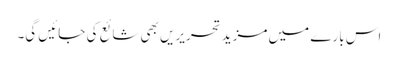
اس بارے میں مزید تحریریں بھی شائع کی جائیں گی۔